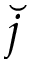
\breve { j }